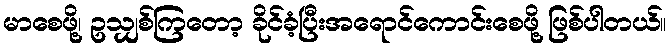
မာစေဖို့၊ ဥသျှစ်ကြတော့ ခိုင်ခံ့ပြီးအရောင်ကောင်းစေဖို့ ဖြစ်ပါတယ်။